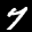
Label: 7